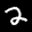
Label: 2